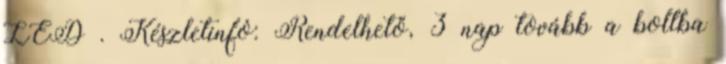
LED . Készletinfó: Rendelhető, 3 nap tovább a boltba